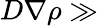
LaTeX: D\nabla\rho\gg